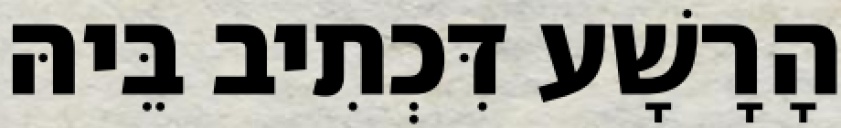
הָרָשָׁע דִּכְתִיב בֵּיהּ